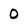
Character: 0